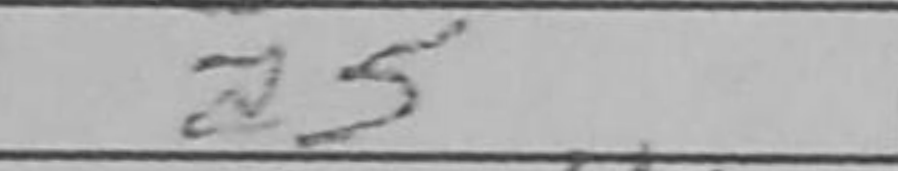
Transcription: a5